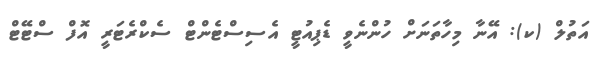
އަތުލް (ކ): އޭނާ މިހާތަނަށް ހުންނެވީ ޑެޕިއުޓީ އެސިސްޓެންޓް ސެކްރެޓަރީ އޮފް ސްޓޭޓް